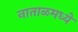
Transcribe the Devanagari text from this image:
नाताळमध्ये